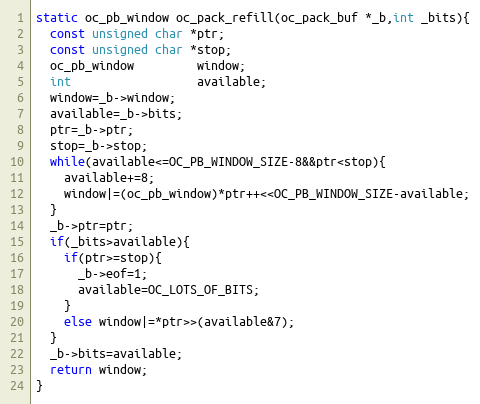
Language: C
static oc_pb_window oc_pack_refill(oc_pack_buf *_b,int _bits){
  const unsigned char *ptr;
  const unsigned char *stop;
  oc_pb_window         window;
  int                  available;
  window=_b->window;
  available=_b->bits;
  ptr=_b->ptr;
  stop=_b->stop;
  while(available<=OC_PB_WINDOW_SIZE-8&&ptr<stop){
    available+=8;
    window|=(oc_pb_window)*ptr++<<OC_PB_WINDOW_SIZE-available;
  }
  _b->ptr=ptr;
  if(_bits>available){
    if(ptr>=stop){
      _b->eof=1;
      available=OC_LOTS_OF_BITS;
    }
    else window|=*ptr>>(available&7);
  }
  _b->bits=available;
  return window;
}